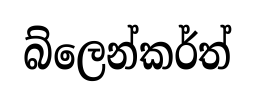
බ්ලෙන්කර්ත්